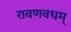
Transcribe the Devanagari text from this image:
रावणवधम्